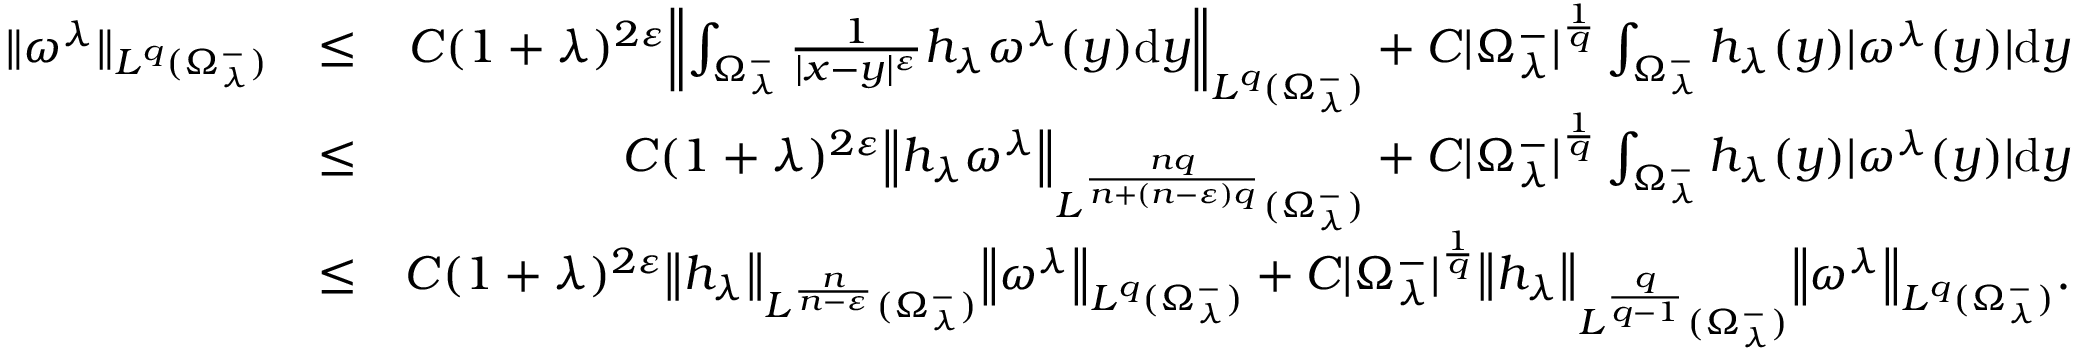
\begin{array} { r l r } { { \| \omega ^ { \lambda } \| } _ { L ^ { q } ( \Omega _ { \lambda } ^ { - } ) } } & { \leq } & { C ( 1 + \lambda ) ^ { 2 \varepsilon } { \left\| { \int _ { \Omega _ { \lambda } ^ { - } } \frac { 1 } { | x - y | ^ { \varepsilon } } h _ { \lambda } \omega ^ { \lambda } ( y ) \mathrm d y } \right\| } _ { L ^ { q } ( \Omega _ { \lambda } ^ { - } ) } + C | \Omega _ { \lambda } ^ { - } | ^ { \frac { 1 } { q } } \int _ { \Omega _ { \lambda } ^ { - } } h _ { \lambda } ( y ) | \omega ^ { \lambda } ( y ) | \mathrm d y } \\ & { \leq } & { C ( 1 + \lambda ) ^ { 2 \varepsilon } { \left\| h _ { \lambda } \omega ^ { \lambda } \right\| } _ { L ^ { \frac { n q } { n + ( n - \varepsilon ) q } } ( \Omega _ { \lambda } ^ { - } ) } + C | \Omega _ { \lambda } ^ { - } | ^ { \frac { 1 } { q } } \int _ { \Omega _ { \lambda } ^ { - } } h _ { \lambda } ( y ) | \omega ^ { \lambda } ( y ) | \mathrm d y } \\ & { \leq } & { C ( 1 + \lambda ) ^ { 2 \varepsilon } { \left\| h _ { \lambda } \right\| } _ { L ^ { \frac { n } { n - \varepsilon } } ( \Omega _ { \lambda } ^ { - } ) } { \left\| \omega ^ { \lambda } \right\| } _ { L ^ { q } ( \Omega _ { \lambda } ^ { - } ) } + C | \Omega _ { \lambda } ^ { - } | ^ { \frac { 1 } { q } } { \left\| h _ { \lambda } \right\| } _ { L ^ { \frac { q } { q - 1 } } ( \Omega _ { \lambda } ^ { - } ) } { \left\| \omega ^ { \lambda } \right\| } _ { L ^ { q } ( \Omega _ { \lambda } ^ { - } ) } . } \end{array}